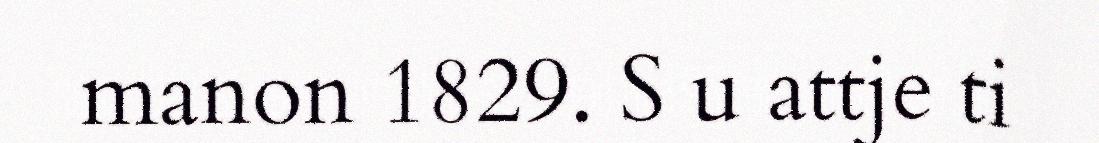
manon 1829. S u attje ti